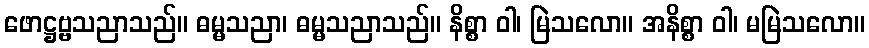
ဖောဋ္ဌဗ္ဗသညာသည်။ ဓမ္မသညာ၊ ဓမ္မသညာသည်။ နိစ္စာ ဝါ၊ မြဲသလော။ အနိစ္စာ ဝါ၊ မမြဲသလော။